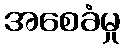
အစေခံမှု